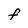
Character: f